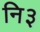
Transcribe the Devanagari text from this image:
नि३